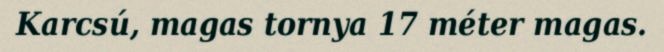
Karcsú, magas tornya 17 méter magas.